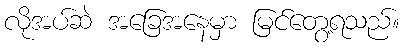
လိုအပ်ဆဲ အခြေအနေမှာ မြင်တွေ့ရသည်။